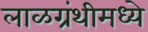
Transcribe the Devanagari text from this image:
लाळग्रंथीमध्ये